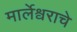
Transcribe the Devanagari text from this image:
मार्लेश्वराचे